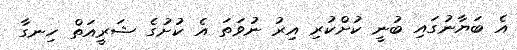
އެ ބަޔާނުގައި ބުނީ ކުށްކުރި އިރު ނުވަތަ އެ ކުށުގެ ޝަރީއަތް ހިނގާ